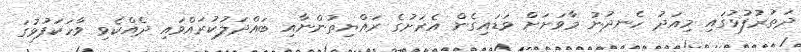
ދަތުރުފުޅުގައި މިއަދު ހެނދުނު މާވަށަށް ވަޑައިގެން އެރަށުގެ ރައްޔިތުންނާއި ބައްދަލުކުރައްވައި ދެއްކެވި ވާހަކަފުޅުގަ